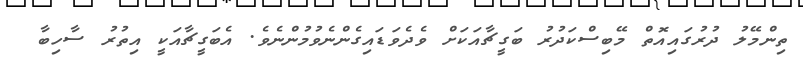
ތިންމޭލު ދުރުގައިއޮތް މޭބިސްކަދުރު ބަގީޗާއަކަށް ވެދެވަޑައިގެންނެވުމުންނެވެ. އެބަގީޗާއަކީ އިތުރު ސާހިބާ